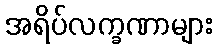
အရိပ်လက္ခဏာများ